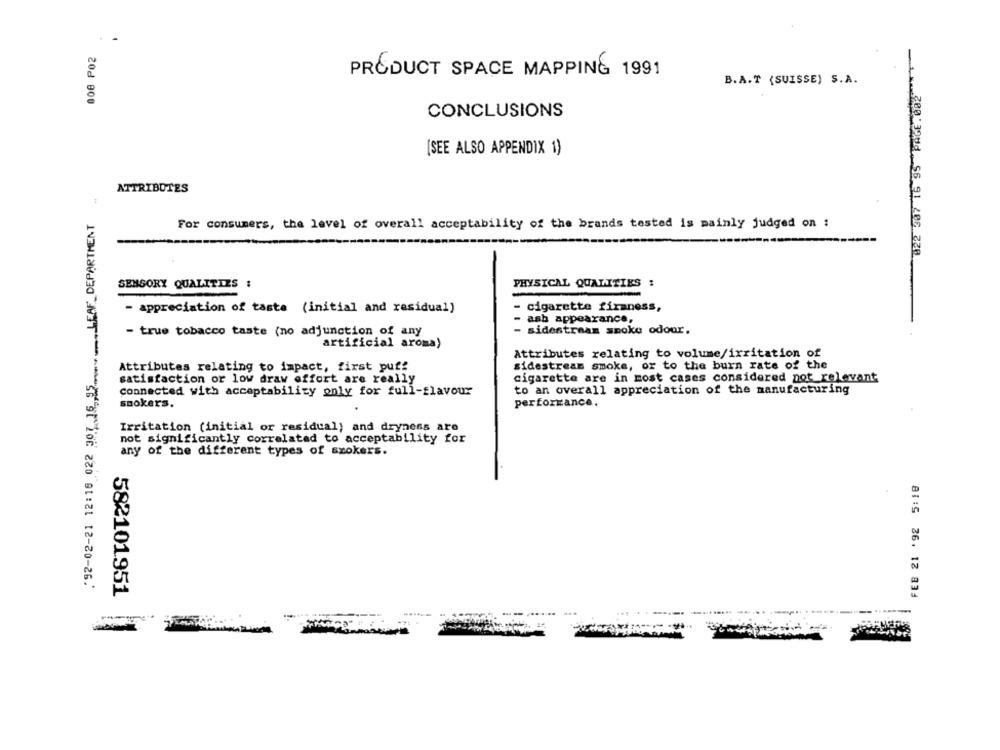
008 P02
PRODUCT SPACE MAPPING 1991
B.A.T (SUISSE) S.A.
822 507 16 95 PAGE. 002
CONCLUSIONS
(SEE ALSO APPENDIX 1)
ATTRIBUTES
LEAF_DEPARTMENT
For consumers, the level of overall acceptability of the brands tested is mainly judged on :
-
SENSORY QUALITIES :
PHYSICAL QUALITIES :
- cigarette firaness,
--
- appreciation of taste (initial and residual)
ash appearance,
- sidestream smoke odour.
- true tobacco taste (no adjunction of any
artificial aroma)
Attributes relating to volume/irritation of
18 022 307 16 95
Attributes relating to impact, first puf!
sidestream smoke, or to the burn rate of the
satisfaction or low draw effort are really
cigarette are in most cases considered not relevant
connected with acceptability only for full-flavour
to an overall appreciation of the manufacturing
smokers.
performance.
Irritation (initial or residual) and dryness are
not significantly correlated to acceptability for
.92-02-21 12:16 022
any of the different types of szokers.
FEB 21 '92 5:18
582101951